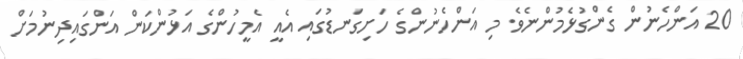
20 އަންހެނުން ގެންގުޅެމުންނެވެ. މި އަންހެނުންގެ ހަށިގަނޑުގައި އެއީ އެމީހުންގެ އަޅުންކަން އަންގައިދިނުމަށް